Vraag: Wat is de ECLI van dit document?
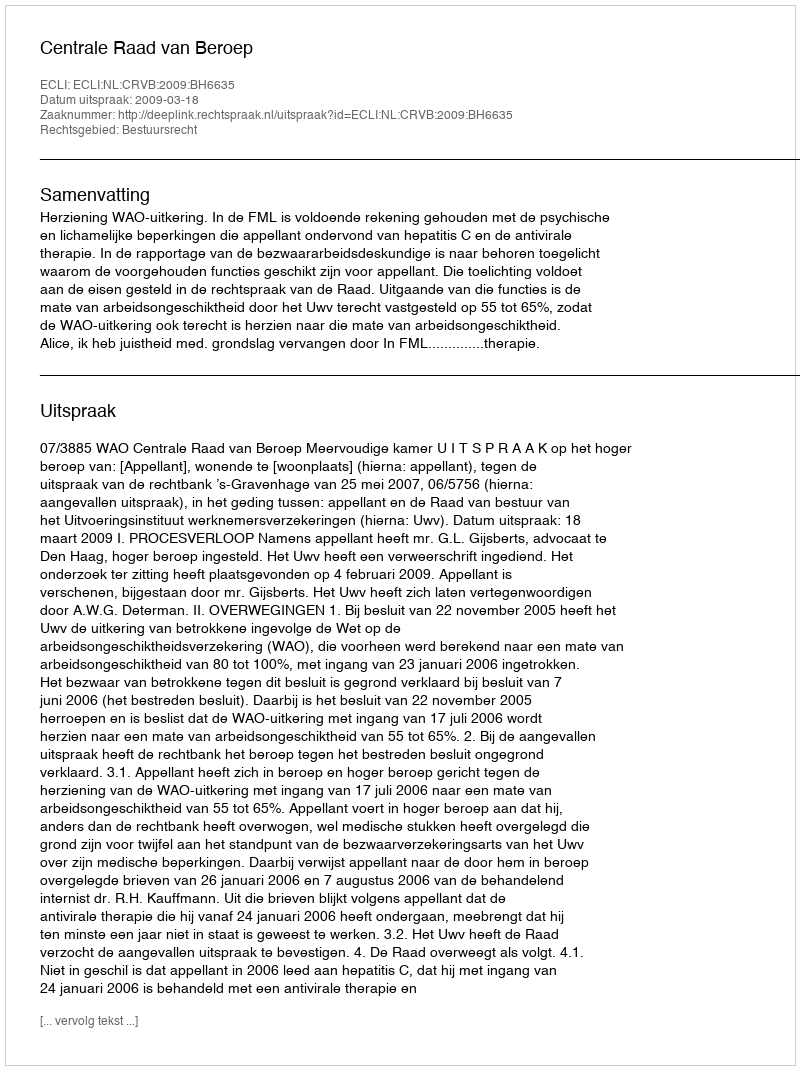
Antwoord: ECLI:NL:CRVB:2009:BH6635